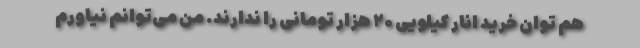
هم توان خرید انار کیلویی ۲۰ هزار تومانی را ندارند. من می‌توانم نیاورم